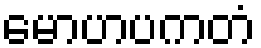
မောဟပကတံ